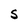
Character: S